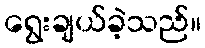
ရွေးချယ်ခဲ့သည်။